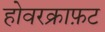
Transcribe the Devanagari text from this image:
होवरक्राफ़ट